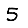
Digit: 5